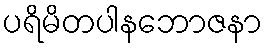
ပရိမိတပါနဘောဇနာ